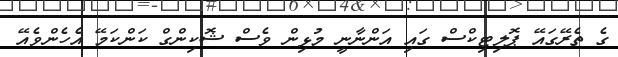
ގެ ތެރޭގައޭ ޕޮލިޓިކްސް ގައި އަންނާނީ މުޅިން ވެސް ޝޮކިންގް ކަންކަމޭ އެހެންވެއޭ